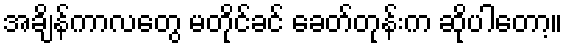
အချိန်ကာလတွေ မတိုင်ခင် ခေတ်တုန်းက ဆိုပါတော့။